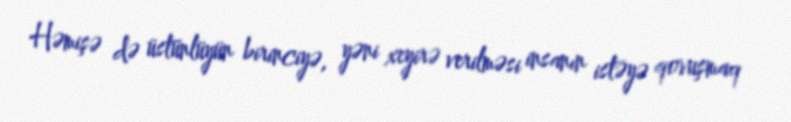
Həmişə də üstünlüyün birinciyə, yəni xeyirə verilməsi insanın istəyə qovuşmaq